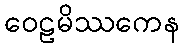
ဝေဠမိဿကေန